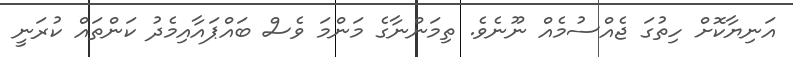
އަނިޔާކޮށް ހިތުގަ ޖެއްސުމެއް ނޫނެވެ. ތިމަންނާގެ މަންމަ ވެސް ބައްޕައާއިމެދު ކަންތައް ކުރަނީ